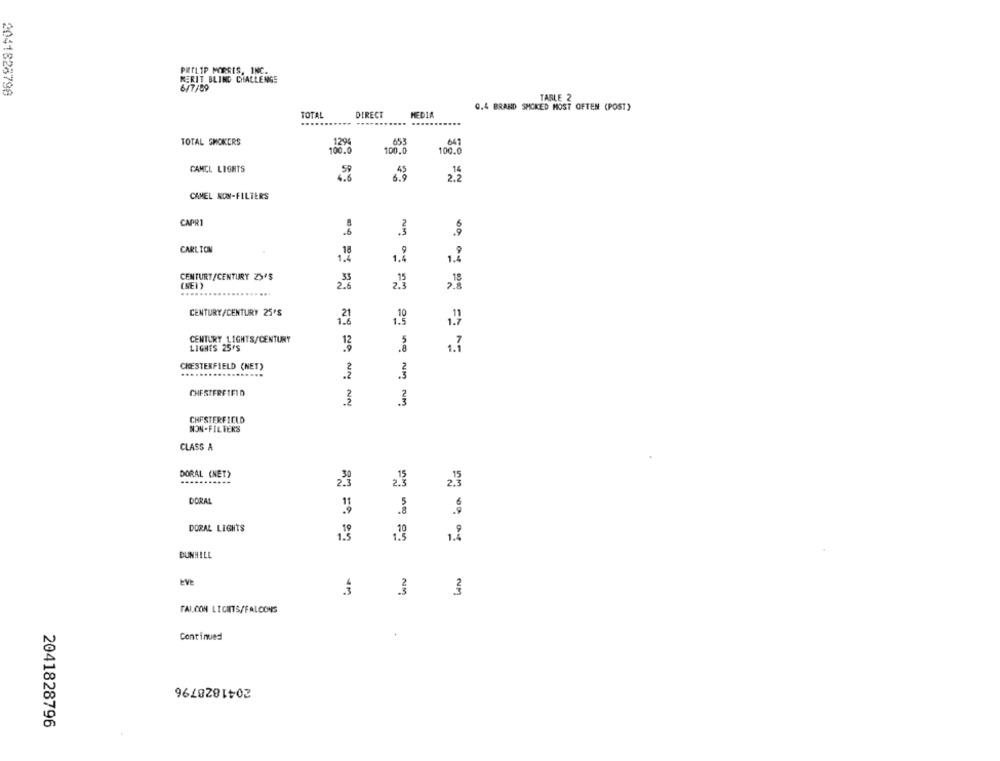
PHILIP MORRIS, INC.
MERIT BLIND CHALLENGE
2041828798
6/7/09
TABLE 2
Q.4 BRAND SMOKED MOST OFTEN (POST)
TOTAL
DIRECT
MEDIA
TOTAL SMOKERS
1294
653
647
100.0
100.0
100.0
CAMEL LIGHTS
nº
2.2
CAMEL NON-FILTERS
CAPRI
3
CARLTON
9
1.4
1.4
1.2
CENTURY/CENTURY Z>'S
35
(NED)
2.3
CENTURY/CENTURY 25'S
,19
CENTURY LIGHTS/CENTURY
LIGHTS 25'S
1.7
CHESTERFIELD (NET)
.2
CHESTERFIFID
NM
CHESTERFIELD
NON-FILTERS
CLASS A
DORAL (NET)
.....
2.3
23
DORAL
DORAL LIGHTS
DUNHILL
3
3
FALCON LICHTS/FALCONS
Continued
2041828796
2041828796